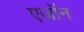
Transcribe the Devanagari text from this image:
एजॉन